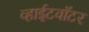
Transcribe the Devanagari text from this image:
व्हाईटवॉटर